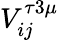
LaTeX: V_{ij}^{\tau 3\mu}